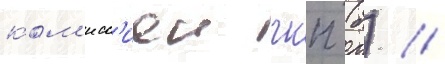
ком'исс'иеи ркп (б) //